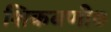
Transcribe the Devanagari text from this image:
शिकवणी७